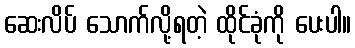
ဆေးလိပ် သောက်လို့ရတဲ့ ထိုင်ခုံကို ပေးပါ။